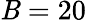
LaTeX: \mathit{B}=20